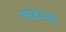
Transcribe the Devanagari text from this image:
शब्दभेदों